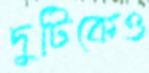
দুটিকেও